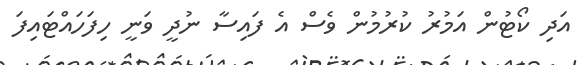
އަދި ކޯޓުން އަމުރު ކުރުމުން ވެސް އެ ފައިސާ ނުދީ ވަނީ ހިފަހައްޓައިފަ